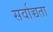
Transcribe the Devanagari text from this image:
सर्वाच्चता